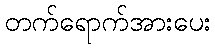
တက်ရောက်အားပေး